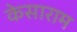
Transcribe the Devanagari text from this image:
केसाराम